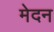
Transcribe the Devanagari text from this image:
मेदन